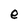
Character: e